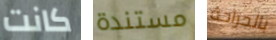
كانت مستندة بالجراحة